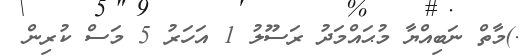
.)މާތް ނަބިއްޔާ މުޙައްމަދު ރަސޫލު 1 އަހަރު 5 މަސް ކުރިން